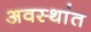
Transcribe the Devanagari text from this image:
अवस्थांत